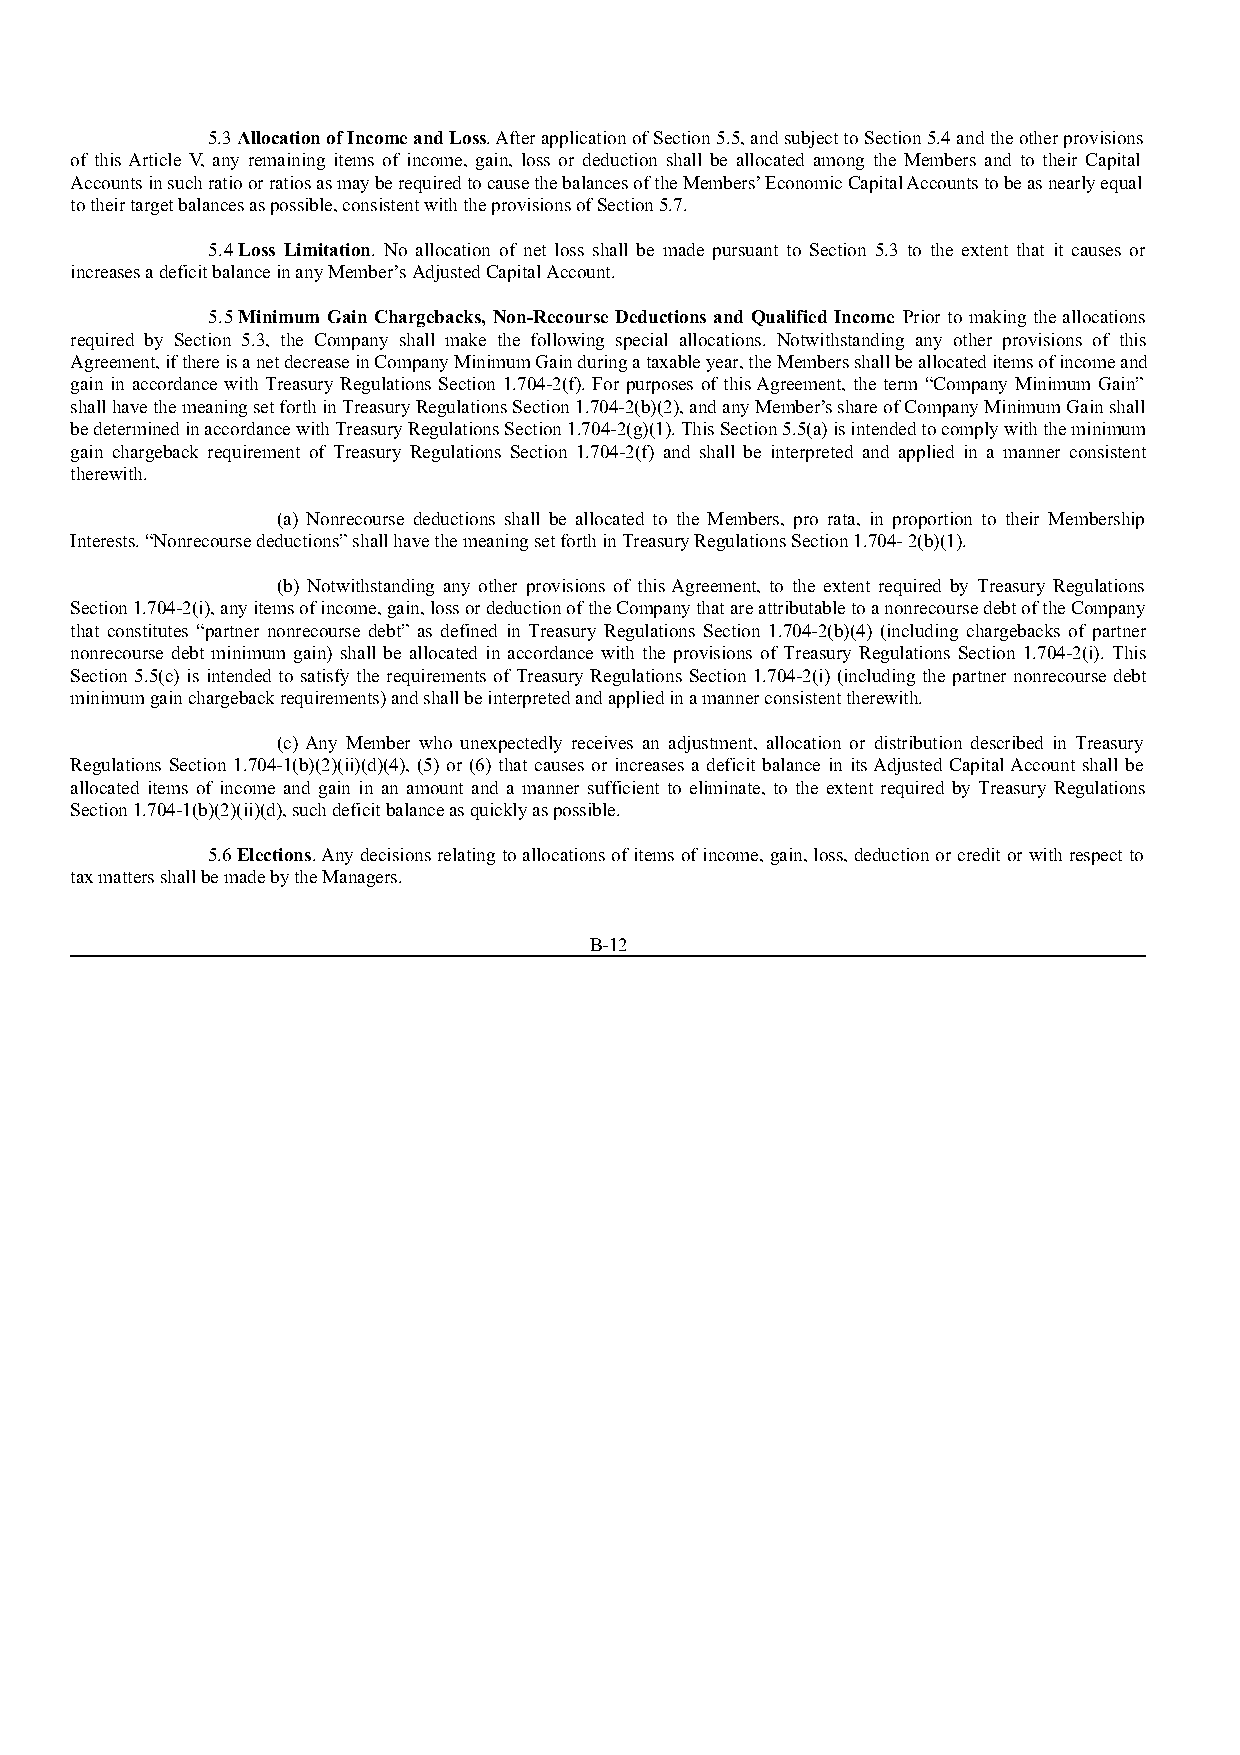
5.3 Allocation of Income and Loss. After application of Section 5.5, and subject to Section 5.4 and the other provisions
 of this Article V, any remaining items of income, gain, loss or deduction shall be allocated among the Members and to their Capital
 Accounts in such ratio or ratios as may be required to cause the balances of the Members’ Economic Capital Accounts to be as nearly equal
 to their target balances as possible, consistent with the provisions of Section 5.7.
 5.4 Loss Limitation. No allocation of net loss shall be made pursuant to Section 5.3 to the extent that it causes or
 increases a deficit balance in any Member’s Adjusted Capital Account.
 5.5 Minimum Gain Chargebacks, Non-Recourse Deductions and Qualified Income. Prior to making the allocations
 required by Section 5.3, the Company shall make the following special allocations. Notwithstanding any other provisions of this
 Agreement, if there is a net decrease in Company Minimum Gain during a taxable year, the Members shall be allocated items of income and
 gain in accordance with Treasury Regulations Section 1.704-2(f). For purposes of this Agreement, the term “Company Minimum Gain”
 shall have the meaning set forth in Treasury Regulations Section 1.704-2(b)(2), and any Member’s share of Company Minimum Gain shall
 be determined in accordance with Treasury Regulations Section 1.704-2(g)(1). This Section 5.5(a) is intended to comply with the minimum
 gain chargeback requirement of Treasury Regulations Section 1.704-2(f) and shall be interpreted and applied in a manner consistent
 therewith.
 (a) Nonrecourse deductions shall be allocated to the Members, pro rata, in proportion to their Membership
 Interests. “Nonrecourse deductions” shall have the meaning set forth in Treasury Regulations Section 1.704- 2(b)(1).
 (b) Notwithstanding any other provisions of this Agreement, to the extent required by Treasury Regulations
 Section 1.704-2(i), any items of income, gain, loss or deduction of the Company that are attributable to a nonrecourse debt of the Company
 that constitutes “partner nonrecourse debt” as defined in Treasury Regulations Section 1.704-2(b)(4) (including chargebacks of partner
 nonrecourse debt minimum gain) shall be allocated in accordance with the provisions of Treasury Regulations Section 1.704-2(i). This
 Section 5.5(c) is intended to satisfy the requirements of Treasury Regulations Section 1.704-2(i) (including the partner nonrecourse debt
 minimum gain chargeback requirements) and shall be interpreted and applied in a manner consistent therewith.
 (c) Any Member who unexpectedly receives an adjustment, allocation or distribution described in Treasury
 Regulations Section 1.704-1(b)(2)(ii)(d)(4), (5) or (6) that causes or increases a deficit balance in its Adjusted Capital Account shall be
 allocated items of income and gain in an amount and a manner sufficient to eliminate, to the extent required by Treasury Regulations
 Section 1.704-1(b)(2)(ii)(d), such deficit balance as quickly as possible.
 5.6 Elections. Any decisions relating to allocations of items of income, gain, loss, deduction or credit or with respect to
 tax matters shall be made by the Managers.
 B-12